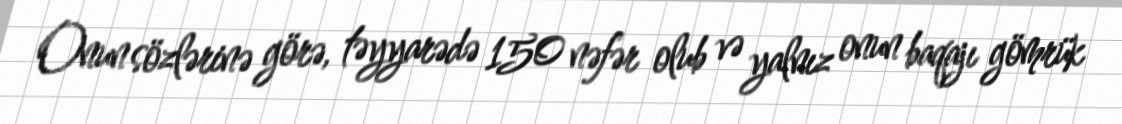
Onun sözlərinə görə, təyyarədə 150 nəfər olub və yalnız onun baqajı gömrük